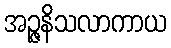
အဉ္ဇနိသလာကာယ